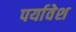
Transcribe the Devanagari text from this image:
पर्यावेश